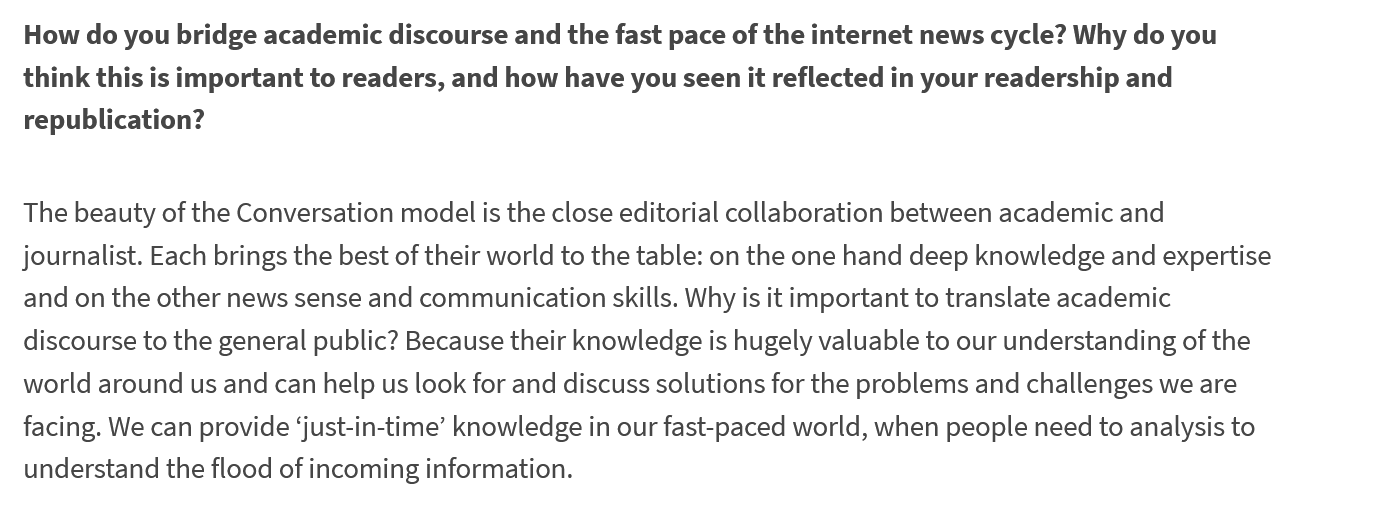
How  do you bridge academic discourse and the fast pace of the internet news cycle? Why do you
  think this is important to readers, and how have you seen it reflected in your readership and
  republication?
  The beauty of the Conversation model is the close editorial collaboration between academic and
  journalist. Each brings the best of their world to the table: on the one hand deep knowledge and expertise
  and on the other news sense and communication skills. Why is it important to translate academic
  discourse to the general public? Because their knowledge is hugely valuable to our understanding of the
  world around us and can help us look for and discuss solutions for the problems and challenges we are
  facing. We can provide ‘just-in-time’ knowledge in our fast-paced world, when people need to analysis to
  understand the flood of incoming information.